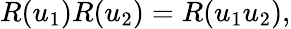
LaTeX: R(u_{1})R(u_{2})=R(u_{1}u_{2}),